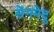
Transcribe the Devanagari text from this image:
सेंगमेदु